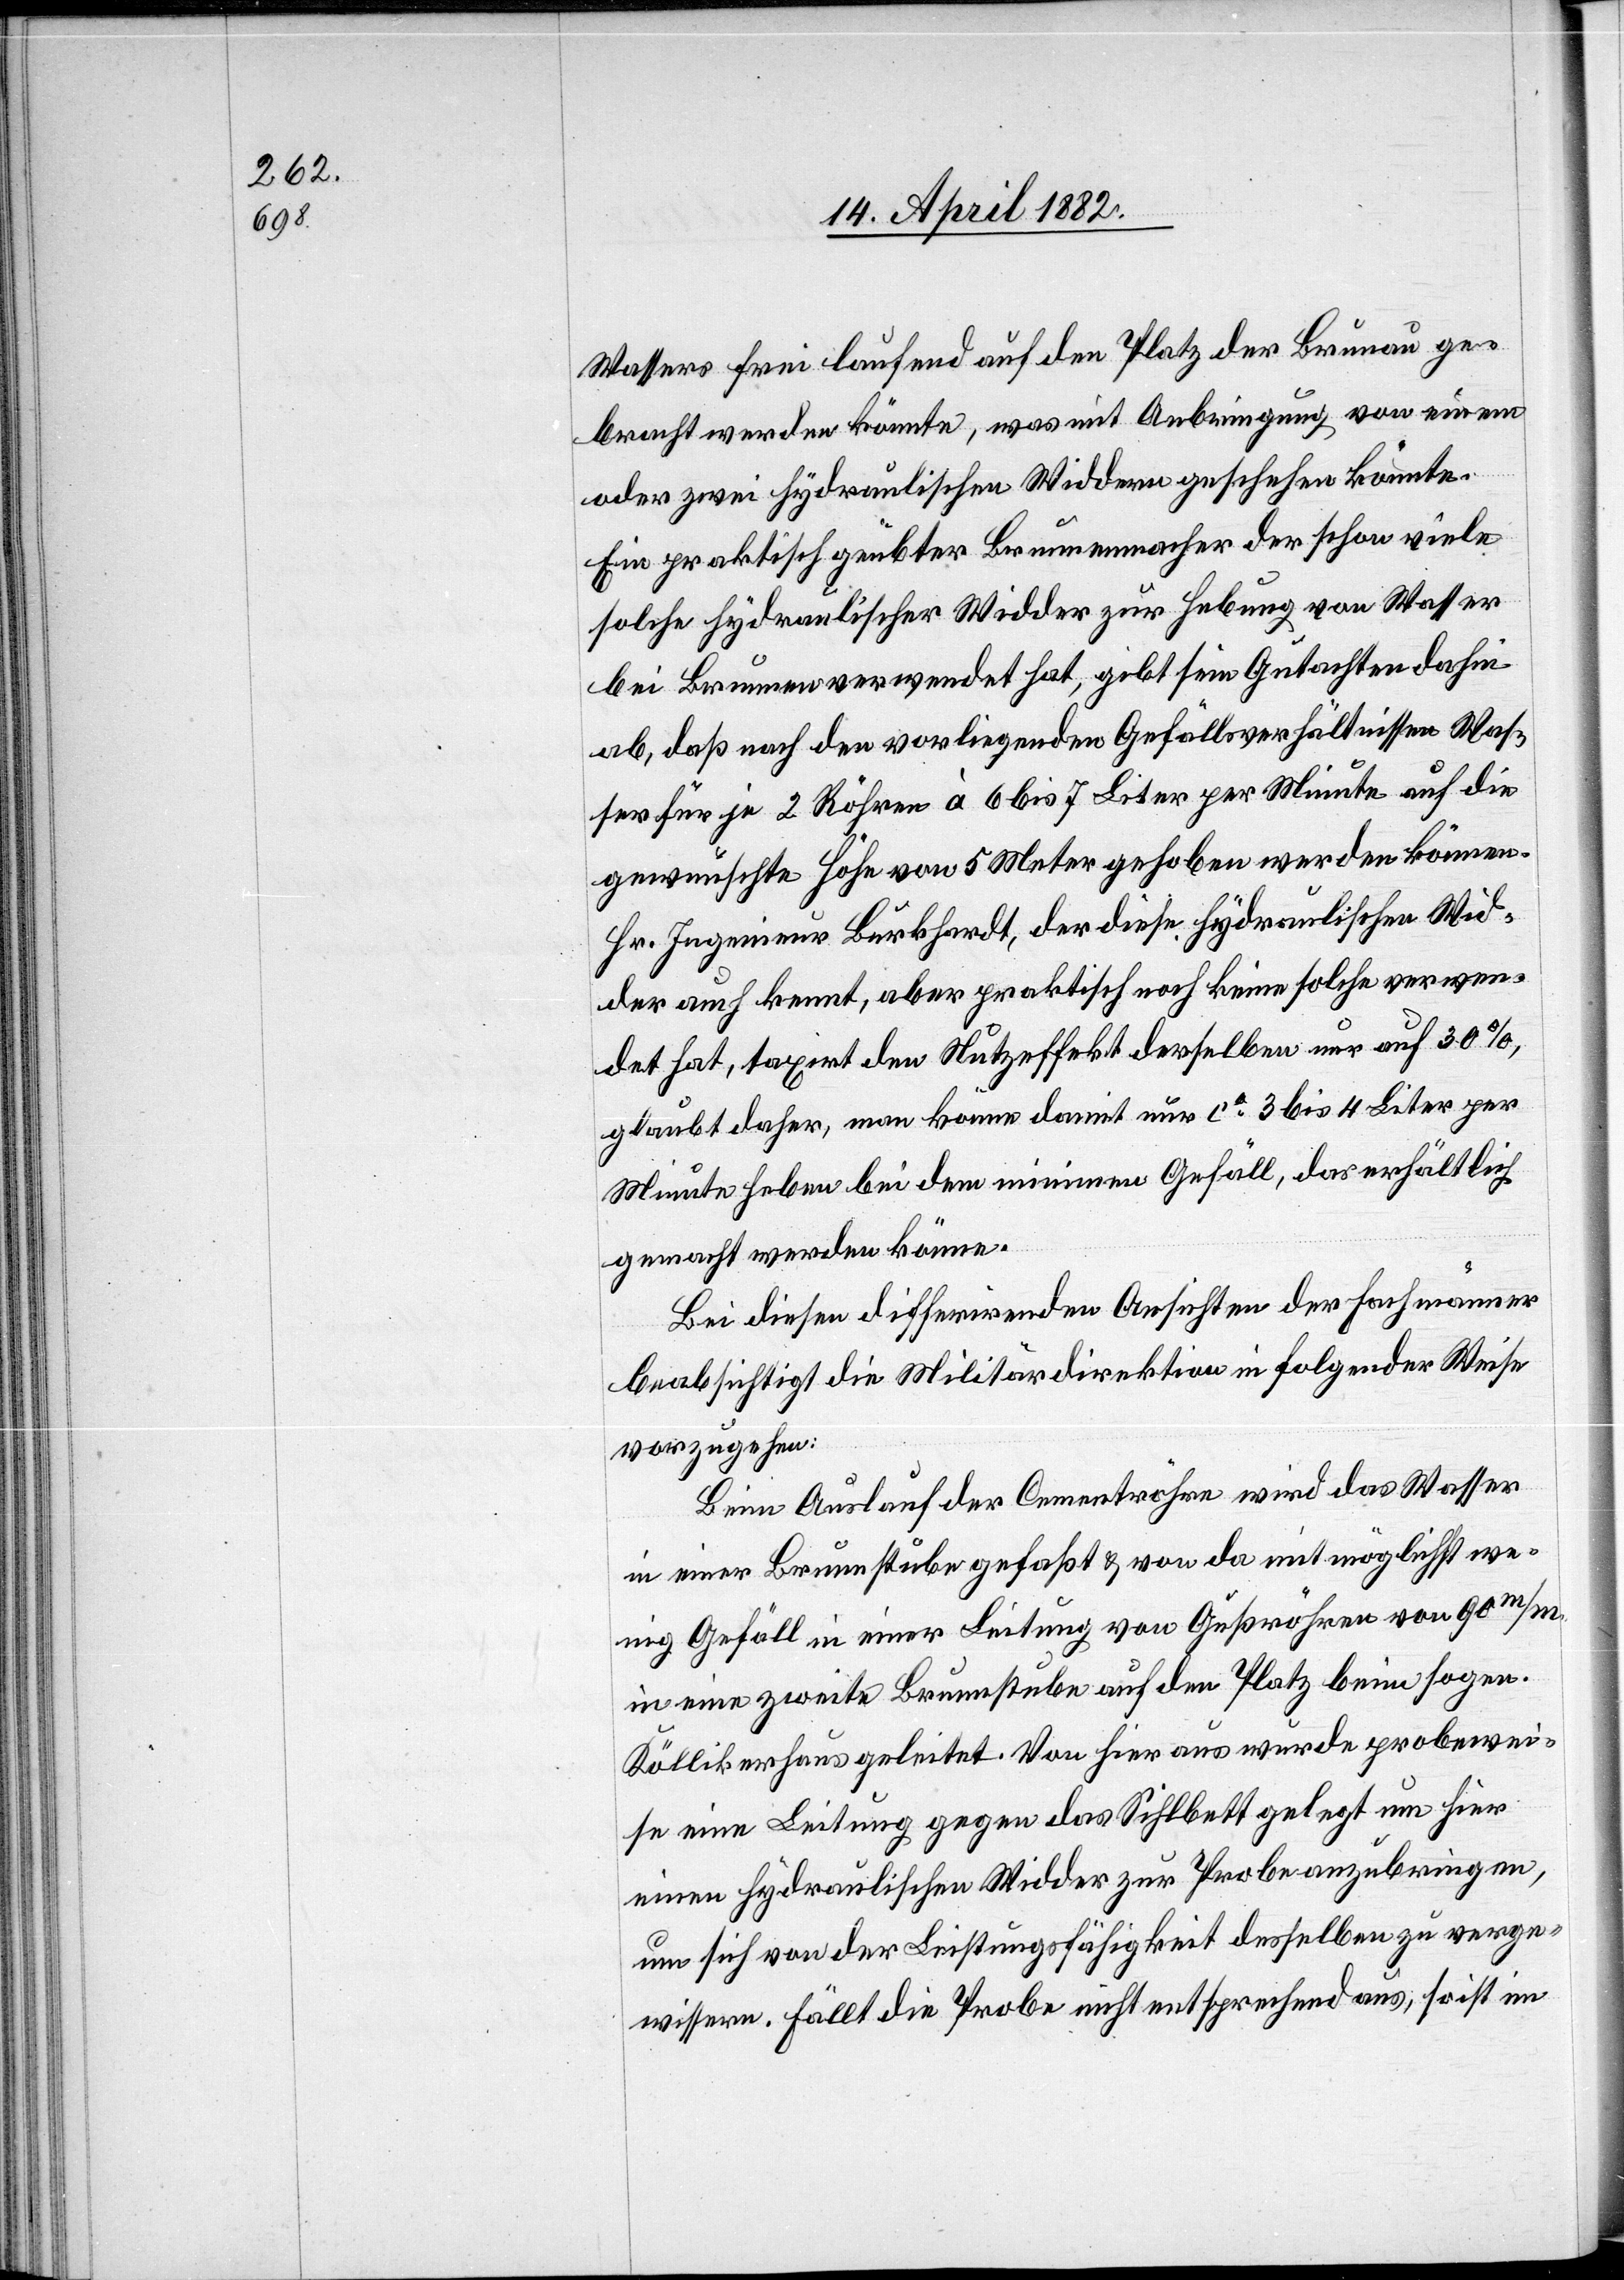
Wassers frei laufend auf den Platz der Brunau ge¬
bracht werden könnte, was mit Anbringung von einem
oder zwei hydraulischen Widdern geschehen könnte.
Ein praktisch geübter Brunnenmacher der schon viele
solche hydraulischer Widder zur Hebung von Wasser
bei Brunnen verwendet hat, gibt sein Gutachten dahin
ab, daß nach den vorliegenden Gefällsverhältnissen Was¬
ser für je 2 Röhren à 6 bis 7 Liter per Minute auf die
gewünschte Höhe von 5 Meter gehoben werden können.
Hr. Ingenieur Burkhardt, der diese hydraulischen Wid¬
der auch kennt, aber praktisch noch keine solche verwen¬
det hat, taxirt den Nutzeffekt derselben nur auf 30%,
glaubt daher, man könne damit nur ca 3 bis 4 Liter per
Minute heben bei dem minimen Gefäll, das erhältlich
gemacht werden könne.
Bei diesen differirenden Ansichten der Fachmänner
beabsichtigt die Militärdirektion in folgender Weise
vorzugehen:
Beim Auslauf der Cementröhre wird das Wasser
in einer Brunnstube gefaßt & von da mit möglichst we¬
nig Gefäll in einer Leitung von Gußröhren von 90 m/M.
in eine zweite Brunnstube auf den Platz beim sogen.
Köllikerhaus geleitet. Von hier aus wurde probewei¬
se eine Leitung gegen das Sihlbett gelegt um hier
einen hydraulischen Widder zur Probe anzubringen,
um sich von der Leistungsfähigkeit desselben zu verge¬
wissern. Fällt die Probe nicht entsprechend aus, so ist im